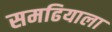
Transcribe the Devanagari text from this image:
समढियाला